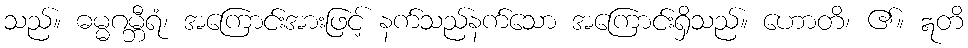
သည်။ ဓမ္မဂမ္ဘီရံ၊ အကြောင်းအားဖြင့် နက်သည်နက်သော အကြောင်းရှိသည်။ ဟောတိ၊ ၏။ ဣတိ